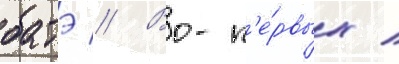
батэ // Во-п'е́рвых /